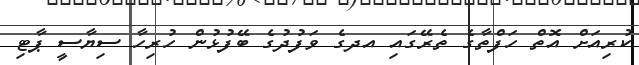
ކުރިއަށް އޮތް ހަފްތާގެ ތެރޭގައި އދގެ ވަފުދުގެ ބޭފުޅުން ހުރިހާ ސިޔާސީ ޕާޓި